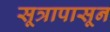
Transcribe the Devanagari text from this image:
सूत्रापासून